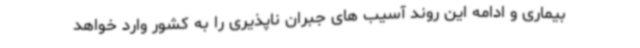
بیماری و ادامه این روند آسیب های جبران ناپذیری را به کشور وارد خواهد